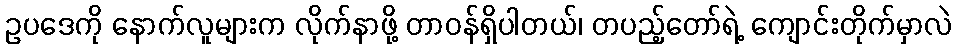
ဥပဒေကို နောက်လူများက လိုက်နာဖို့ တာဝန်ရှိပါတယ်၊ တပည့်တော်ရဲ့ ကျောင်းတိုက်မှာလဲ